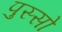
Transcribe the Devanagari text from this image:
पुस्सो